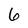
Character: 6